Annual administration report of the Civil Veterinary Department of India - 1896-1897
Year: 1896
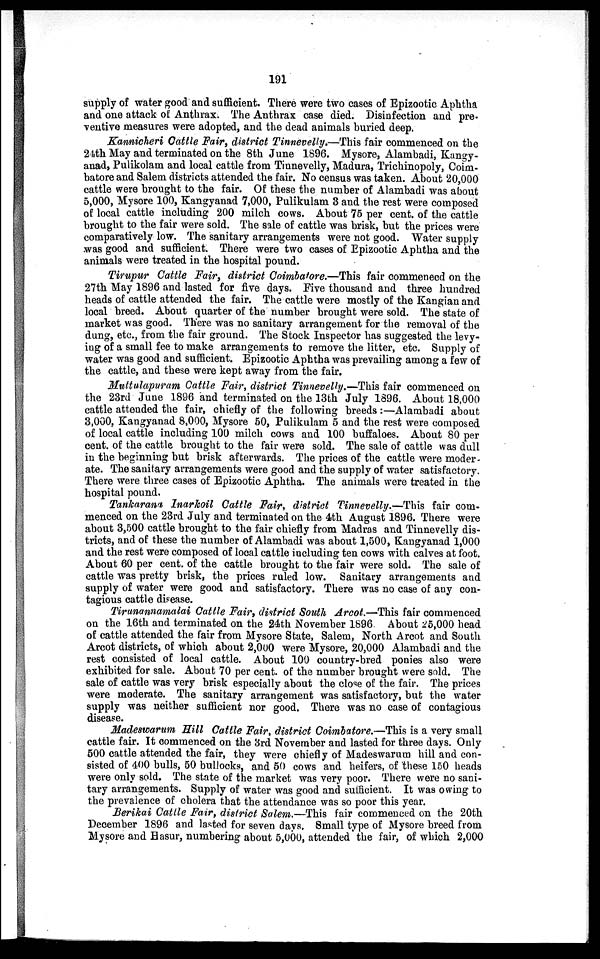
191
supply of water good and sufficient. There were two cases of Epizootic Aphtha
and one attack of Anthrax. The Anthrax case died. Disinfection and pre-
ventive measures were adopted, and the dead animals buried deep.
Kannicheri Cattle Fair, district Tinnevelly.—This fair commenced on the
24th May and terminated on the 8th June 1896. Mysore, Alambadi, Kangy-
anad, Pulikolam and local cattle from Tinnevelly, Madura, Trichinopoly, Coim-
batore and Salem districts attended the fair. No census was taken. About 20,000
cattle were brought to the fair. Of these the number of Alambadi was about
5,000, Mysore 100, Kangyanad 7,000, Pulikulam 3 and the rest were composed
of local cattle including 200 milch cows. About 75 per cent. of the cattle
brought to the fair were sold. The sale of cattle was brisk, but the prices were
comparatively low. The sanitary arrangements were not good. Water supply
was good and sufficient. There were two cases of Epizootic Aphtha and the
animals were treated in the hospital pound.
Tirupur Cattle Fair, district Coimbatore.—This fair commenced on the
27th May 1896 and lasted for five days. Five thousand and three hundred
heads of cattle attended the fair. The cattle were mostly of the Kangian and
local breed. About quarter of the number brought were sold. The state of
market was good. There was no sanitary arrangement for the removal of the
dung, etc., from the fair ground. The Stock Inspector has suggested the levy-
ing of a small fee to make arrangements to remove the litter, etc. Supply of
water was good and sufficient. Epizootic Aphtha was prevailing among a few of
the cattle, and these were kept away from the fair.
Muttulapuram Cattle Fair, district Tinnevelly.—This fair commenced on
the 23rd June 1896 and terminated on the 13th July 1896. About 18,000
cattle attended the fair, chiefly of the following breeds :—Alambadi about
3,000, Kangyanad 8,000, Mysore 50, Pulikulam 5 and the rest were composed
of local cattle including 100 milch cows and 100 buffaloes. About 80 per
cent. of the cattle brought to the fair were sold. The sale of cattle was dull
in the beginning but brisk afterwards. The prices of the cattle were moder-
ate. The sanitary arrangements were good and the supply of water satisfactory.
There were three cases of Epizootic Aphtha. The animals were treated in the
hospital pound.
Tankarana Inarkoil Cattle Fair, district Tinnevelly.—This fair com-
menced on the 23rd July and terminated on the 4th August 1896. There were
about 3,500 cattle brought to the fair chiefly from Madras and Tinnevelly dis-
tricts, and of these the number of Alambadi was about 1,500, Kangyanad 1,000
and the rest were composed of local cattle including ten cows with calves at foot.
About 60 per cent. of the cattle brought to the fair were sold. The sale of
cattle was pretty brisk, the prices ruled low. Sanitary arrangements and
supply of water were good and satisfactory. There was no case of any con-
tagious cattle disease.
Tirunannamalai Cattle Fair, district South Arcot.—This fair commenced
on the 16th and terminated on the 24th November 1896. About 25,000 head
of cattle attended the fair from Mysore State, Salem, North Arcot and South
Arcot districts, of which about 2,000 were Mysore, 20,000 Alambadi and the
rest consisted of local cattle. About 100 country-bred ponies also were
exhibited for sale. About 70 per cent. of the number brought were sold. The
sale of cattle was very brisk especially about the close of the fair. The prices
were moderate. The sanitary arrangement was satisfactory, but the water
supply was neither sufficient nor good. There was no case of contagious
disease.
Madeswarum Hill Cattle Fair, district Coimbatore.—This is a very small
cattle fair. It commenced on the 3rd November and lasted for three days. Only
500 cattle attended the fair, they were chiefly of Madeswarum hill and con-
sisted of 400 bulls, 50 bullocks, and 50 cows and heifers, of these 150 heads
were only sold. The state of the market was very poor. There were no sani-
tary arrangements. Supply of water was good and sufficient. It was owing to
the prevalence of cholera that the attendance was so poor this year.
Berikai Cattle Fair, district Salem.—This fair commenced on the 20th
December 1896 and lasted for seven days. Small type of Mysore breed from
Mysore and Hasur, numbering about 5,000, attended the fair, of which 2,000